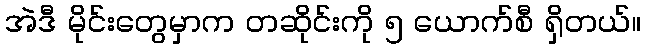
အဲဒီ မိုင်းတွေမှာက တဆိုင်းကို ၅ ယောက်စီ ရှိတယ်။